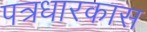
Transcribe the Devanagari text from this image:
पत्रधारकास